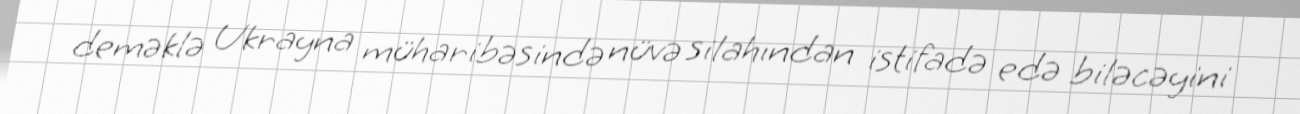
deməklə Ukrayna müharibəsində nüvə silahından istifadə edə biləcəyini